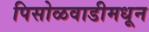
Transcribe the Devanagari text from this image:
पिसोळवाडीमधून